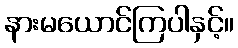
နားမယောင်ကြပါနှင့်။